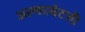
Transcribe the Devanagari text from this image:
अल्फाबेटची